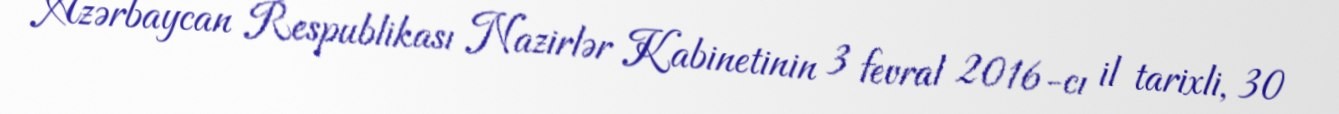
Azərbaycan Respublikası Nazirlər Kabinetinin 3 fevral 2016-cı il tarixli, 30